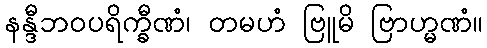
နန္ဒီဘဝပရိက္ခီဏံ၊ တမဟံ ဗြူမိ ဗြာဟ္မဏံ။